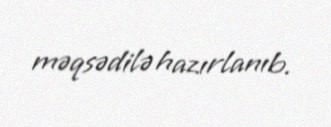
məqsədilə hazırlanıb.